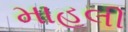
માહલી